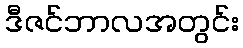
ဒီဇင်ဘာလအတွင်း